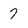
Character: 7